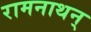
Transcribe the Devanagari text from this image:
रामनाथन्